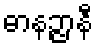
ဓာနဉ္ဇာနီ